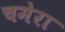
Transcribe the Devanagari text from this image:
चमेरा